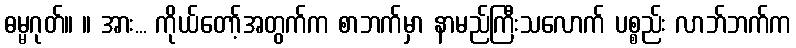
ဓမ္မဂုတ်။ ။ အား... ကိုယ်တော့်အတွက်က စာဘက်မှာ နာမည်ကြီးသလောက် ပစ္စည်း လာဘ်ဘက်က